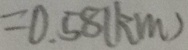
= 0 . 5 8 ( k m )